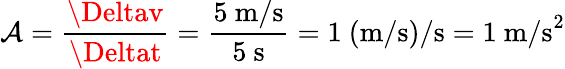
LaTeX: \mathcal{A}={\frac{{\Deltav}}{{\Deltat}}}={\frac{{5{\mathrm{{~m/s}}}}}{{5{\mathrm{{~s}}}}}}=1{\mathrm{{~(m/s)/s}}}=1{\mathrm{{~m/s}}}^{2}